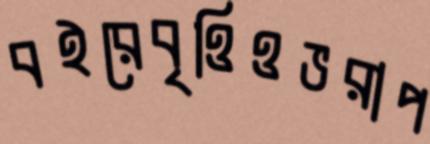
বইরেবৃত্তিওভরাপ